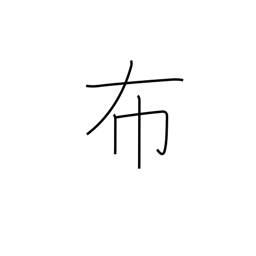
Meaning: spread